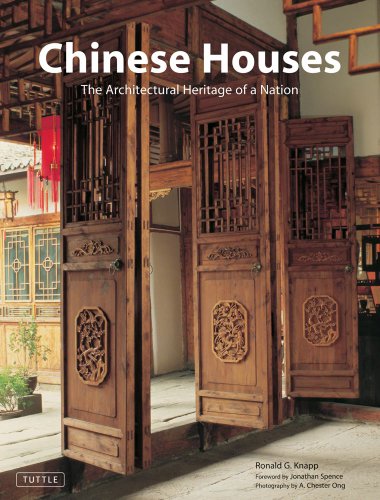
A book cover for Chinese Houses: The Architectural Heritage of a Nation; Ronald G. Knapp; Arts & Photography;